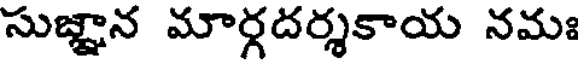
సుజ్ఞాన మార్గదర్శకాయ నమః